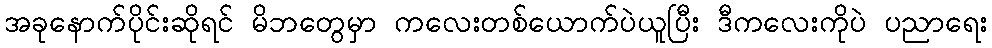
အခုနောက်ပိုင်းဆိုရင် မိဘတွေမှာ ကလေးတစ်ယောက်ပဲယူပြီး ဒီကလေးကိုပဲ ပညာရေး